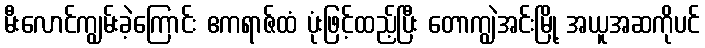
မီးလောင်ကျွမ်းခဲ့ကြောင်း ဧကရာဇ်ထံ ပုံးဖြင့်ထည့်ပြီး တောကျွဲအင်းမြို့ အယူအဆကိုပင်